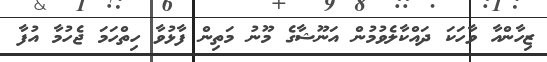
ޒިހާންއާ ވާހަކަ ދައްކާލެވުމުން އަނޫޝާގެ މޫނު މަތިން ފާޅުވާ ހިތްހަމަ ޖެހުމާ އުފާ